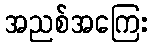
အညစ်အကြေး